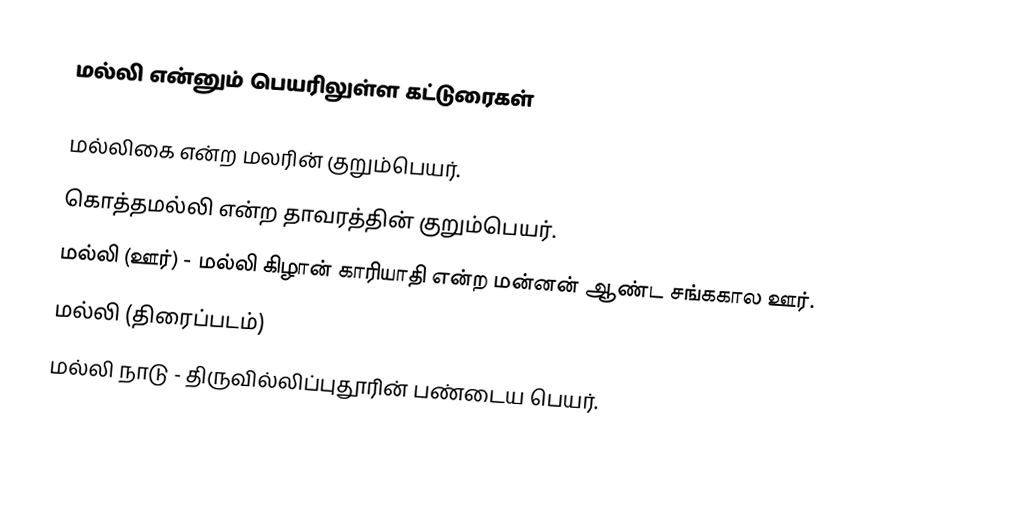
மல்லி என்னும் பெயரிலுள்ள கட்டுரைகள்

 மல்லிகை என்ற மலரின் குறும்பெயர்.
 கொத்தமல்லி என்ற தாவரத்தின் குறும்பெயர்.
 மல்லி (ஊர்) - மல்லி கிழான் காரியாதி என்ற மன்னன் ஆண்ட சங்ககால ஊர்.
 மல்லி (திரைப்படம்)
 மல்லி நாடு - திருவில்லிப்புதூரின் பண்டைய பெயர்.